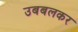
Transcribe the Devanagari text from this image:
उबबलकर